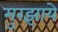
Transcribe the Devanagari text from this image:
मुरझाये